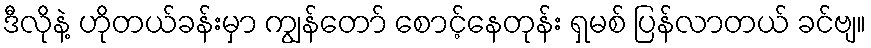
ဒီလိုနဲ့ ဟိုတယ်ခန်းမှာ ကျွန်တော် စောင့်နေတုန်း ရှမစ် ပြန်လာတယ် ခင်ဗျ။